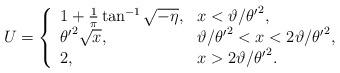
LaTeX: \begin{align*}{U} = \left\{ \begin{array}{l l l} {1+\frac{1}{\pi}\tan^{-1}{\sqrt{-\eta}}}, &x< \vartheta/{\theta'}^2,\\ {{\theta'}^2 \sqrt{x}}, &\vartheta/{\theta'}^2 <x< 2\vartheta/{\theta'}^2,\\ {2}, & x> 2\vartheta/{\theta'}^2.\\\end{array} \right.\end{align*}